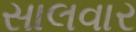
સાલવાર